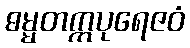
ဓမ္မတက္ကပုရေဇဝံ